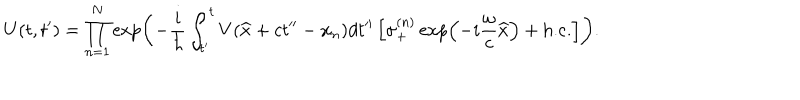
LaTeX: U ( t , t ^ { \prime } ) = \prod _ { n = 1 } ^ { N } \exp \left( - \frac { i } { \hbar } \int _ { t ^ { \prime } } ^ { t } V ( \widehat { x } + c t ^ { \prime \prime } - x _ { n } ) d t ^ { \prime \prime } \left[ \sigma _ { + } ^ { ( n ) } \exp \left( - i \frac { \omega } { c } \widehat { x } \right) + \mathrm { h . c . } \right] \right) .